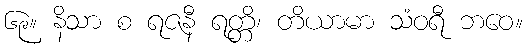
၆၉။ နိသာ စ ရဇနီ ရတ္တိ၊ တိယာမာ သံဝရီ ဘဝေ။